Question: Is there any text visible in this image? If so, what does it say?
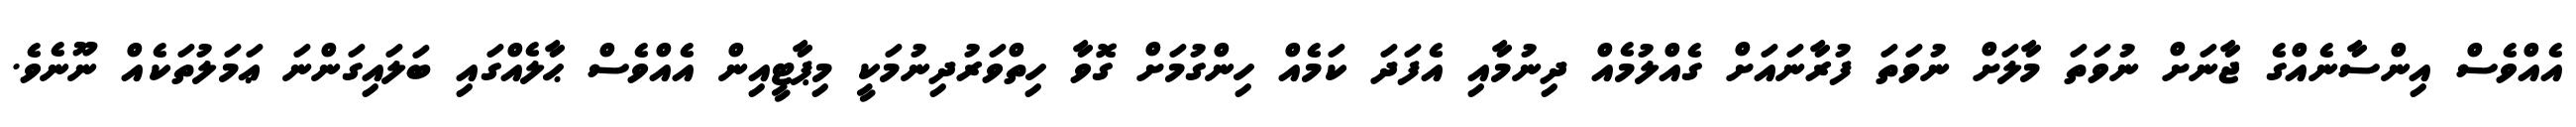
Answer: އެއްވެސް އިންސާނެއްގެ ޖާނަށް ނުވަތަ މާލަށް ނުވަތަ ފުރާނައަށް ގެއްލުމެއް ދިނުމާއި އެފަދަ ކަމެއް ހިންގުމަށް ގޮވާ ހިތްވަރުދިނުމަކީ މިޕާޓީއިން އެއްވެސް ޙާލެއްގައި ބަލައިގަންނަ ޢަމަލުތަކެއް ނޫނެވެ.